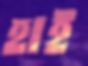
হাই